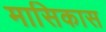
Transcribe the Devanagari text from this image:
मासिकास